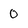
Character: 0